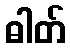
ဓါတ်